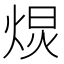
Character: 𭴽